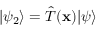
| \psi _ { 2 } \rangle = { \hat { T } } ( \mathbf { x } ) | \psi \rangle